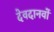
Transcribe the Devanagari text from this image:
देवदानवों